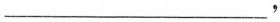
___，